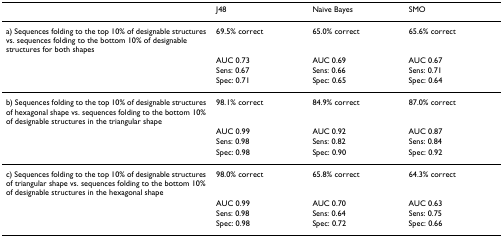
<table><thead><tr><td></td><td><b>J48</b></td><td><b>Naïve Bayes</b></td><td><b>SMO</b></td></tr></thead><tbody><tr><td>a) Sequences folding to the top 10% of designable structures vs. sequences folding to the bottom 10% of designable structures for both shapes</td><td>69.5% correct</td><td>65.0% correct</td><td>65.6% correct</td></tr><tr><td></td><td>AUC 0.73</td><td>AUC 0.69</td><td>AUC 0.67</td></tr><tr><td></td><td>Sens: 0.67</td><td>Sens: 0.66</td><td>Sens: 0.71</td></tr><tr><td></td><td>Spec: 0.71</td><td>Spec: 0.65</td><td>Spec: 0.64</td></tr><tr><td>b) Sequences folding to the top 10% of designable structures of hexagonal shape vs. sequences folding to the bottom 10% of designable structures in the triangular shape</td><td>98.1% correct</td><td>84.9% correct</td><td>87.0% correct</td></tr><tr><td></td><td>AUC 0.99</td><td>AUC 0.92</td><td>AUC 0.87</td></tr><tr><td></td><td>Sens: 0.98</td><td>Sens: 0.82</td><td>Sens: 0.84</td></tr><tr><td></td><td>Spec: 0.98</td><td>Spec: 0.90</td><td>Spec: 0.92</td></tr><tr><td>c) Sequences folding to the top 10% of designable structures of triangular shape vs. sequences folding to the bottom 10% of designable structures in the hexagonal shape</td><td>98.0% correct</td><td>65.8% correct</td><td>64.3% correct</td></tr><tr><td></td><td>AUC 0.99</td><td>AUC 0.70</td><td>AUC 0.63</td></tr><tr><td></td><td>Sens: 0.98</td><td>Sens: 0.64</td><td>Sens: 0.75</td></tr><tr><td></td><td>Spec: 0.98</td><td>Spec: 0.72</td><td>Spec: 0.66</td></tr></tbody></table>